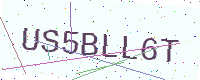
Text: US5BLL6T